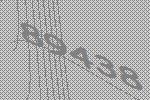
89438